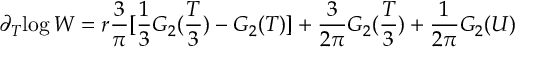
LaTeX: \partial _ { T } { \log \cal W } = r \frac { 3 } { \pi } [ \frac { 1 } { 3 } G _ { 2 } ( \frac { T } { 3 } ) - G _ { 2 } ( T ) ] + \frac { 3 } { 2 \pi } G _ { 2 } ( \frac { T } { 3 } ) + \frac { 1 } { 2 \pi } G _ { 2 } ( U )